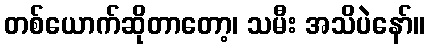
တစ်ယောက်ဆိုတာတော့၊ သမီး အသိပဲနော်။